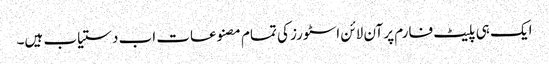
ایک ہی پلیٹ فارم پر آن لائن اسٹورز کی تمام مصنوعات اب دستیاب ہیں۔